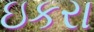
ઇકરા